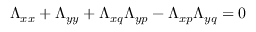
\Lambda _ { x x } + \Lambda _ { y y } + \Lambda _ { x q } \Lambda _ { y p } - \Lambda _ { x p } \Lambda _ { y q } = 0